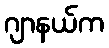
ဂျာနယ်က